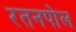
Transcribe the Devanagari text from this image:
रतनपोल